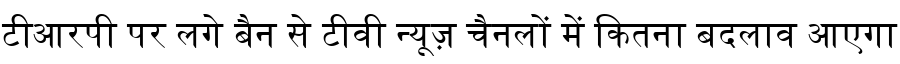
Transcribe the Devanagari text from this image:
टीआरपी पर लगे बैन से टीवी न्यूज़ चैनलों में कितना बदलाव आएगा